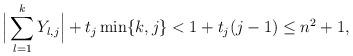
LaTeX: \begin{align*}\Big|\sum_{l=1}^k Y_{l,j}\Big|+t_j\min\{k,j\}< 1+t_j(j-1)\leq n^2+1,\end{align*}